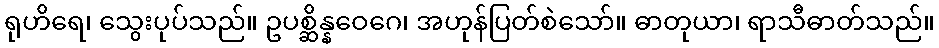
ရုဟိရေ၊ သွေးပုပ်သည်။ ဥပစ္ဆိန္နဝေဂေ၊ အဟုန်ပြတ်စဲသော်။ ဓာတုယာ၊ ရာသီဓာတ်သည်။